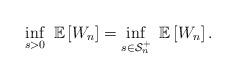
LaTeX: \begin{align*}\inf_{s>0}~\mathbb{E}\left[W_n\right] = \inf_{s\in \mathcal{S}_n^+}~\mathbb{E}\left[W_n\right].\end{align*}